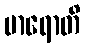
မာရောတိ